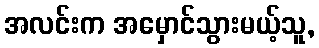
အလင်းက အမှောင်သွားမယ့်သူ,